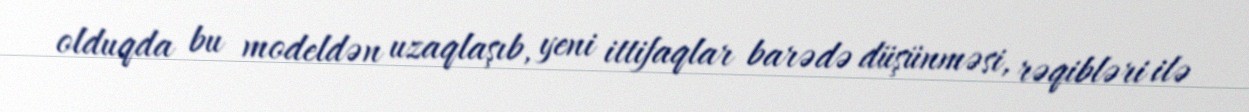
olduqda bu modeldən uzaqlaşıb, yeni ittifaqlar barədə düşünməsi, rəqibləri ilə